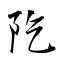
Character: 阣